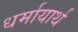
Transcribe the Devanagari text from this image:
धर्मायार्थ